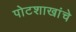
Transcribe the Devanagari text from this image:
पोटशाखांचे